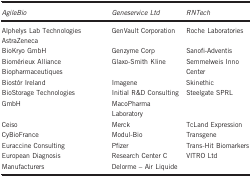
<table><thead><tr><td><b><i>AgileBio</i></b></td><td><b><i>Geneservice Ltd</i></b></td><td><b><i>RNTech</i></b></td></tr></thead><tbody><tr><td>Alphelys Lab Technologies AstraZeneca</td><td>GenVault Corporation</td><td>Roche Laboratories</td></tr><tr><td>BioKryo GmbH</td><td>Genzyme Corp</td><td>Sanofi-Adventis</td></tr><tr><td>Biomérieux Alliance Biopharmaceutiques</td><td>Glaxo-Smith Kline</td><td>Semmelweis Inno Center</td></tr><tr><td>Biostór Ireland</td><td>Imagene</td><td>Skinethic</td></tr><tr><td>BioStorage Technologies GmbH</td><td>Initial R&amp;D Consulting MacoPharma Laboratory</td><td>Steelgate SPRL</td></tr><tr><td>Ceiso</td><td>Merck</td><td>TcLand Expression</td></tr><tr><td>CyBioFrance</td><td>Modul-Bio</td><td>Transgene</td></tr><tr><td>Euraccine Consulting</td><td>Pfizer</td><td>Trans-Hit Biomarkers</td></tr><tr><td>European Diagnosis Manufacturers</td><td>Research Center C Delorme – Air Liquide</td><td>VITRO Ltd</td></tr></tbody></table>